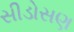
સીડોસણ